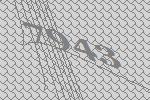
7943